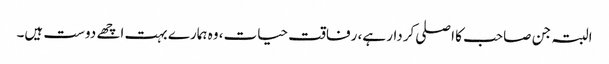
البتہ جن صاحب کا اصلی کردار ہے، رفاقت حیات، وہ ہمارے بہت اچھے دوست ہیں۔